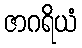
ဇာဂရိယံ